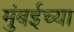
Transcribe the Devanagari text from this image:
मंुबईच्या